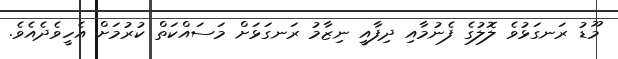
މޫޑު ރަނގަޅުވެ ލޮލުގެ ފެނުމާއި ދިފާއީ ނިޒާމު ރަނގަޅަށް މަސައްކަތް ކުރުމަށް އެހީވެދެއެވެ.